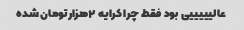
عالیییییی بود فقط چرا کرایه ۲هزارتومان شده